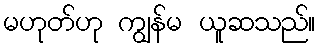
မဟုတ်ဟု ကျွန်မ ယူဆသည်။